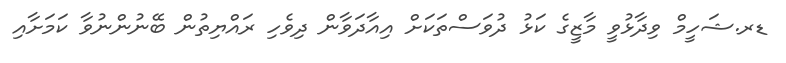
ޑރ.ޝަހީމް ވިދާޅުވީ މާޒީގެ ކަޅު ދުވަސްތަކަށް އިއާދަވާން ދިވެހި ރައްޔިތުން ބޭނުންނުވާ ކަމަށާއި